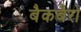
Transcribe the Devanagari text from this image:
बैकबैरो